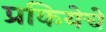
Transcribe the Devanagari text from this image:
प्रकियेचे